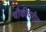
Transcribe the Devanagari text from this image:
चौकीवरील